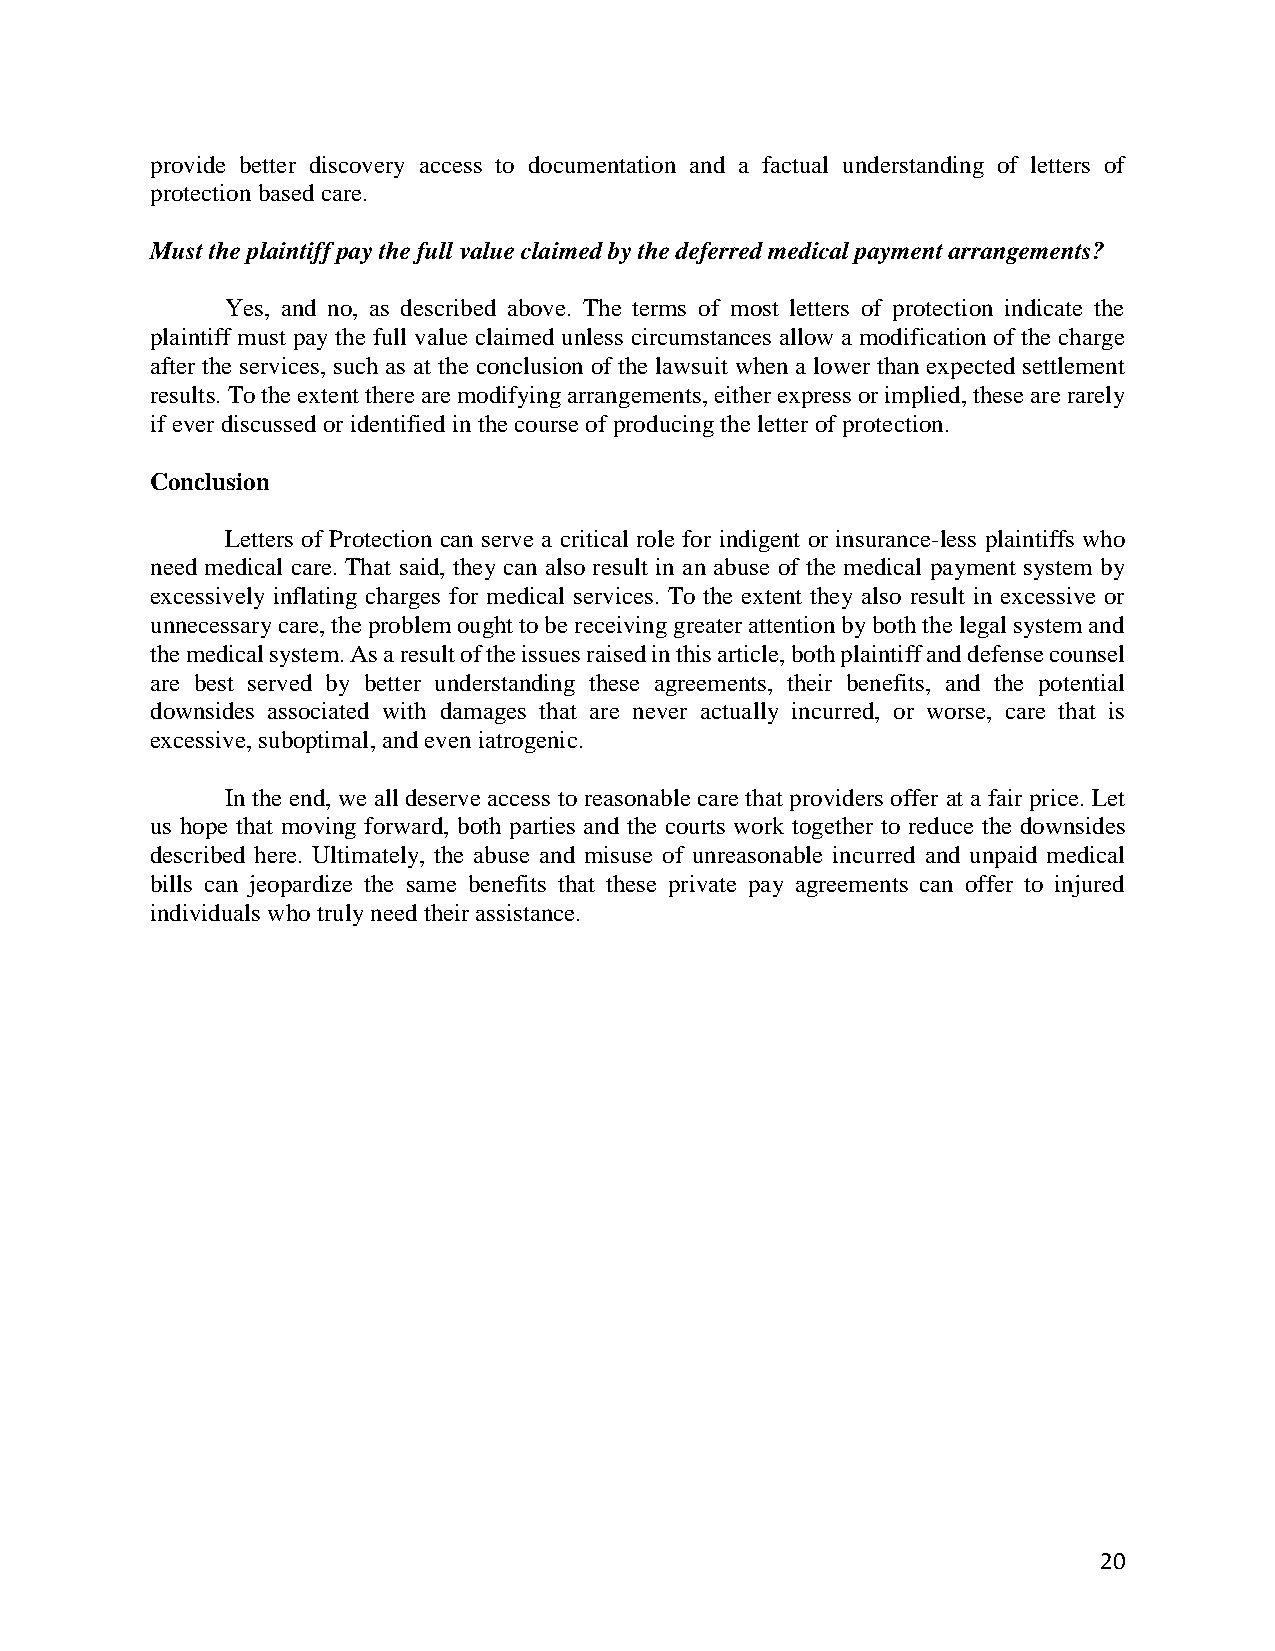
provide better discovery access to documentation and a factual understanding of letters of
 protection based care.
 Must the plaintiff pay the full value claimed by the deferred medical payment arrangements?
 Yes, and no, as described above. The terms of most letters of protection indicate the
 plaintiff must pay the full value claimed unless circumstances allow a modification of the charge
 after the services, such as at the conclusion of the lawsuit when a lower than expected settlement
 results. To the extent there are modifying arrangements, either express or implied, these are rarely
 if ever discussed or identified in the course of producing the letter of protection.
 Conclusion
 Letters of Protection can serve a critical role for indigent or insurance-less plaintiffs who
 need medical care. That said, they can also result in an abuse of the medical payment system by
 excessively inflating charges for medical services. To the extent they also result in excessive or
 unnecessary care, the problem ought to be receiving greater attention by both the legal system and
 the medical system. As a result of the issues raised in this article, both plaintiff and defense counsel
 are best served by better understanding these agreements, their benefits, and the potential
 downsides associated with damages that are never actually incurred, or worse, care that is
 excessive, suboptimal, and even iatrogenic.
 In the end, we all deserve access to reasonable care that providers offer at a fair price. Let
 us hope that moving forward, both parties and the courts work together to reduce the downsides
 described here. Ultimately, the abuse and misuse of unreasonable incurred and unpaid medical
 bills can jeopardize the same benefits that these private pay agreements can offer to injured
 individuals who truly need their assistance.
 20